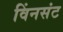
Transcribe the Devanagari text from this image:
विंनसंट